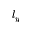
l _ { y }